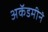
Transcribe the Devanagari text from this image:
अकॅडमीने